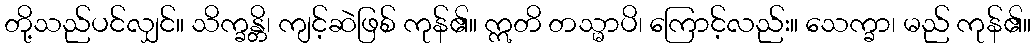
တို့သည်ပင်လျှင်။ သိက္ခန္တိ၊ ကျင့်ဆဲဖြစ် ကုန်၏။ ဣတိ တသ္မာပိ၊ ကြောင့်လည်း။ သေက္ခာ၊ မည် ကုန်၏။